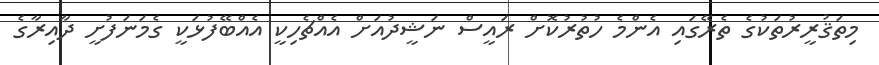
މިތަޤުރީރުތަކުގެ ތެރޭގައި އެންމެ ހުތުރުކޮށް ރައީސް ނަޝީދުއަށް އެއްޗެހިކީ އެއްބޭފުޅަކީ ގެމަނަފުށީ ދާއިރާގެ